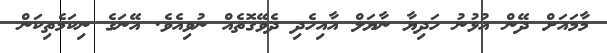
މާމައަށް ދޭން އުޅުނު ހަދިޔާ ނާޔަލް އާއިހެދި ދެވޭގޮތެއް ނުވިއެވެ. އޭނަގެ ނިކަމެތިކަން